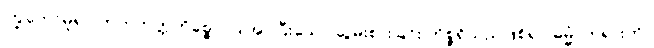
ကြွတော်မူ၍။ ကတဘတ္တကိစ္စော၊ ပြုအပ်ပြီးသော ဆွမ်းစားခြင်း ကိစ္စရှိသည်ဖြစ်၍။ ဓမ္မံ၊ တရားကို။